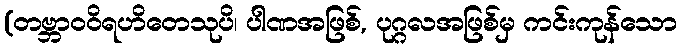
(တဗ္ဘာဝဝိရဟိတေသုပိ၊ ပါဏအဖြစ်, ပုဂ္ဂလအဖြစ်မှ ကင်းကုန်သော